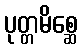
ပုတ္တမိစ္ဆေ